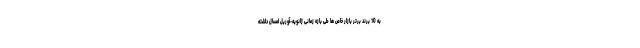
به 10 برند برتر بازار خاص ها طی بازه زمانی ژانویه-آوریل امسال داشته